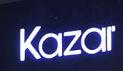
kazar